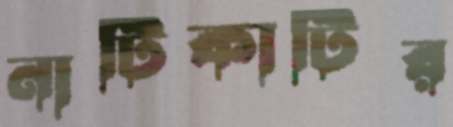
নাটিকাটির